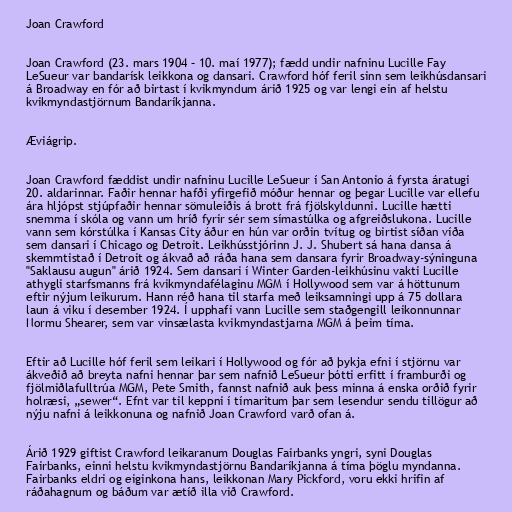
Joan Crawford

Joan Crawford (23. mars 1904 – 10. maí 1977); fædd undir nafninu Lucille Fay
LeSueur var bandarísk leikkona og dansari. Crawford hóf feril sinn sem leikhúsdansari
á Broadway en fór að birtast í kvikmyndum árið 1925 og var lengi ein af helstu
kvikmyndastjörnum Bandaríkjanna.

Æviágrip.

Joan Crawford fæddist undir nafninu Lucille LeSueur í San Antonio á fyrsta áratugi
20. aldarinnar. Faðir hennar hafði yfirgefið móður hennar og þegar Lucille var ellefu
ára hljópst stjúpfaðir hennar sömuleiðis á brott frá fjölskyldunni. Lucille hætti
snemma í skóla og vann um hríð fyrir sér sem símastúlka og afgreiðslukona. Lucille
vann sem kórstúlka í Kansas City áður en hún var orðin tvítug og birtist síðan víða
sem dansari í Chicago og Detroit. Leikhússtjórinn J. J. Shubert sá hana dansa á
skemmtistað í Detroit og ákvað að ráða hana sem dansara fyrir Broadway-sýninguna
"Saklausu augun" árið 1924. Sem dansari í Winter Garden-leikhúsinu vakti Lucille
athygli starfsmanns frá kvikmyndafélaginu MGM í Hollywood sem var á höttunum
eftir nýjum leikurum. Hann réð hana til starfa með leiksamningi upp á 75 dollara
laun á viku í desember 1924. Í upphafi vann Lucille sem staðgengill leikonnunnar
Normu Shearer, sem var vinsælasta kvikmyndastjarna MGM á þeim tíma.

Eftir að Lucille hóf feril sem leikari í Hollywood og fór að þykja efni í stjörnu var
ákveðið að breyta nafni hennar þar sem nafnið LeSueur þótti erfitt í framburði og
fjölmiðlafulltrúa MGM, Pete Smith, fannst nafnið auk þess minna á enska orðið fyrir
holræsi, „sewer“. Efnt var til keppni í tímaritum þar sem lesendur sendu tillögur að
nýju nafni á leikkonuna og nafnið Joan Crawford varð ofan á.

Árið 1929 giftist Crawford leikaranum Douglas Fairbanks yngri, syni Douglas
Fairbanks, einni helstu kvikmyndastjörnu Bandaríkjanna á tíma þöglu myndanna.
Fairbanks eldri og eiginkona hans, leikkonan Mary Pickford, voru ekki hrifin af
ráðahagnum og báðum var ætíð illa við Crawford.